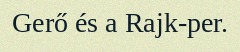
Gerő és a Rajk-per.